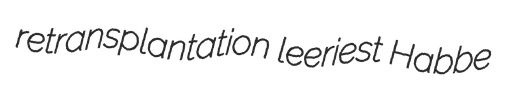
retransplantation leeriest Habbe